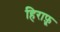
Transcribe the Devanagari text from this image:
हिराफ़ू